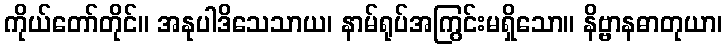
ကိုယ်တော်တိုင်။ အနုပါဒိသေသာယ၊ နာမ်ရုပ်အကြွင်းမရှိသော။ နိဗ္ဗာနဓာတုယာ၊